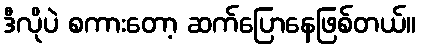
ဒီလိုပဲ စကားတော့ ဆက်ပြောနေဖြစ်တယ်။